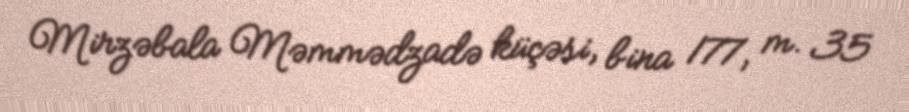
Mirzəbala Məmmədzadə küçəsi, bina 177, m. 35